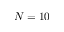
N = 1 0